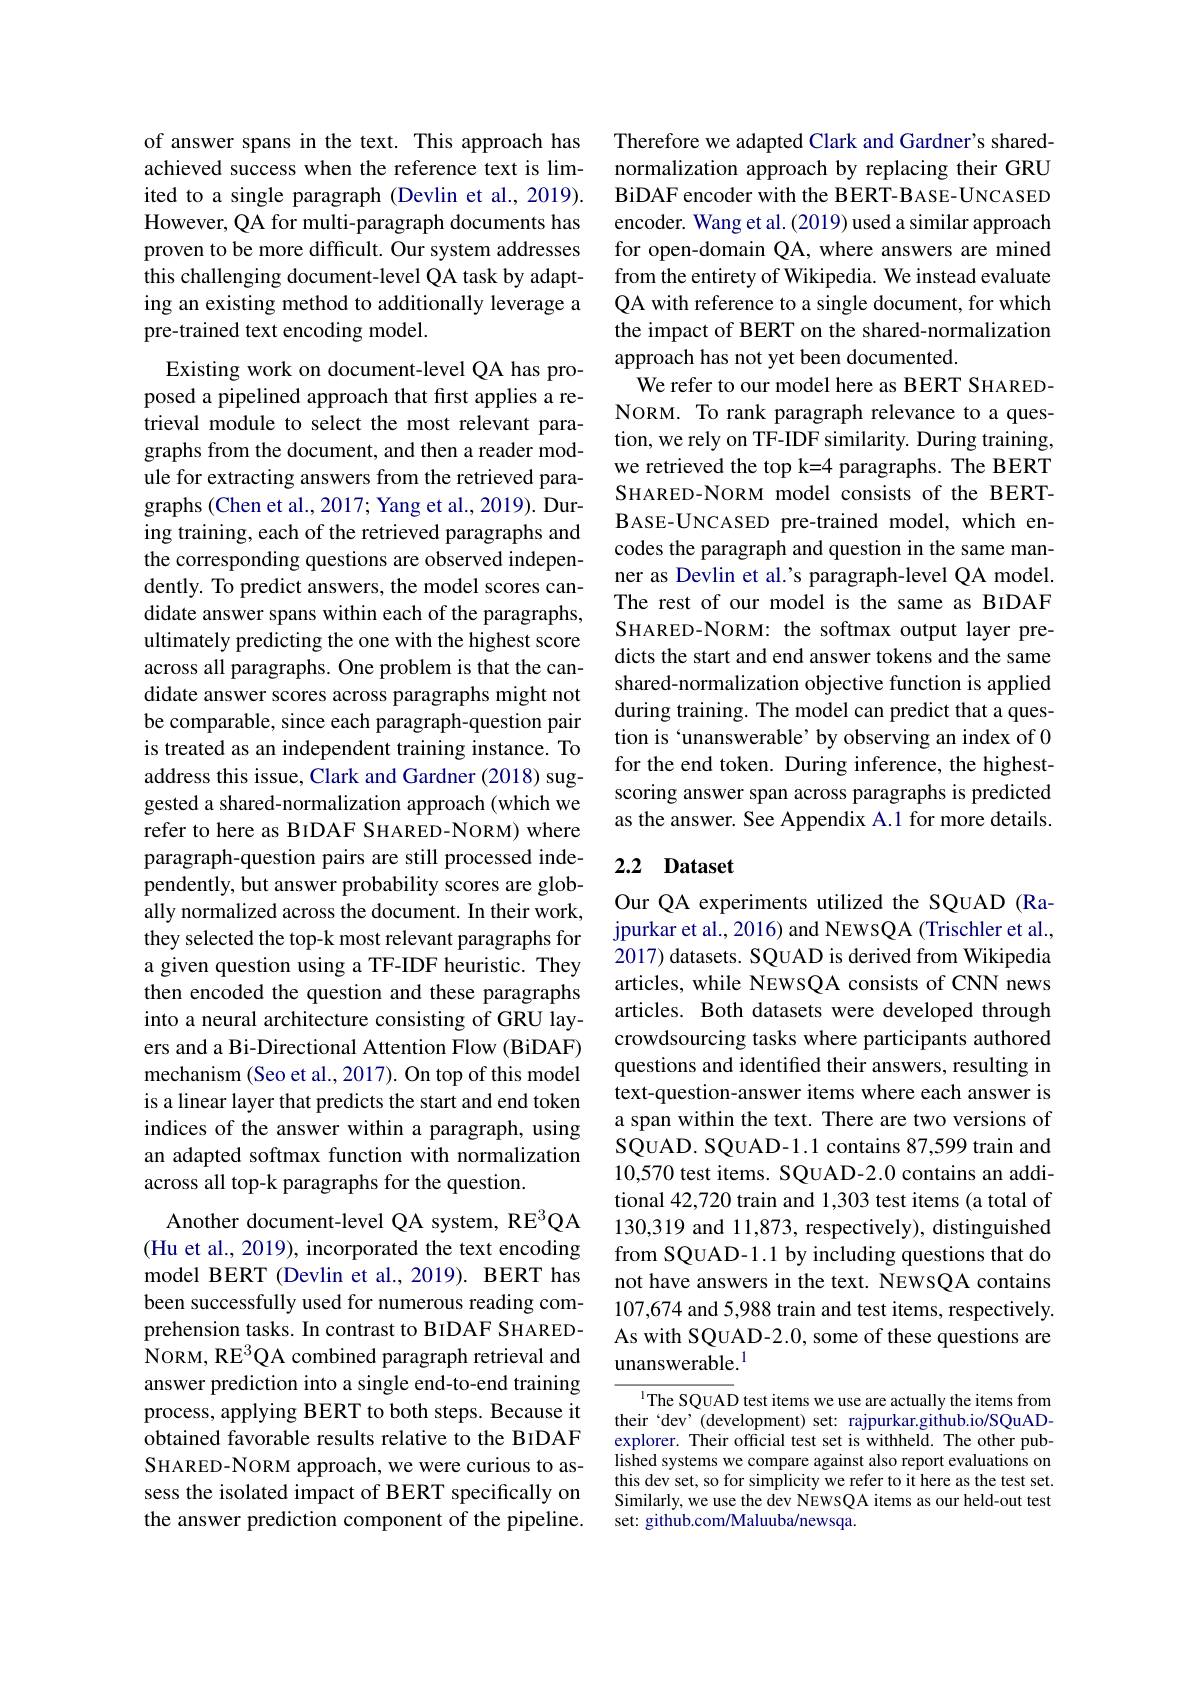
of answer spans in the text. This approach has achieved success when the reference text is limited to a single paragraph (Devlin et al.,2019). However, QA for multi-paragraph documents has proven to be more difficult. Our system addresses this challenging document-level QA task by adapting an existing method to additionally leverage a pre-trained text encoding model.

Existing work on document-level QA has proposed a pipelined approach that first applies a retrieval module to select the most relevant paragraphs from the document, and then a reader module for extracting answers from the retrieved paragraphs (Chen et al., 2017; Yang et al., 2019). During training, each of the retrieved paragraphs and the corresponding questions are observed independently. To predict answers, the model scores candidate answer spans within each of the paragraphs, ultimately predicting the one with the highest score across all paragraphs. One problem is that the candidate answer scores across paragraphs might not be comparable, since each paragraph-question pair is treated as an independent training instance. To address this issue, Clark and Gardner (2018) suggested a shared-normalization approach (which we refer to here as BIDAF SHARED-NORM) where paragraph-question pairs are still processed independently, but answer probability scores are globally normalized across the document. In their work, they selected the top-k most relevant paragraphs for a given question using a TF-IDF heuristic. They then encoded the question and these paragraphs into a neural architecture consisting of GRU layers and a Bi-Directional Attention Flow (BiDAF) mechanism (Seo et al., 2017). On top of this model is a linear layer that predicts the start and end token indices of the answer within a paragraph, using an adapted softmax function with normalization across all top-k paragraphs for the question.
Another document-level QA system, RE$^{3}$QA (Hu et al., 2019), incorporated the text encoding model BERT (Devlin et al.,2019). BERT has been successfully used for numerous reading comprehension tasks. In contrast to BIDAF SHAREDNORM, RE$^3$QA combined paragraph retrieval and answer prediction into a single end-to-end training process, applying BERT to both steps. Because it obtained favorable results relative to the BIDAF SHARED-NORM approach, we were curious to assess the isolated impact of BERT specifically on the answer prediction component of the pipeline.

Therefore we adapted Clark and Gardner's sharednormalization approach by replacing their GRU BiDAF encoder with the BERT-BASE-UNCASED encoder. Wang et al. (2019) used a similar approach for open-domain QA, where answers are mined from the entirety of Wikipedia. We instead evaluate QA with reference to a single document, for which the impact of BERT on the shared-normalization approach has not yet been documented.
We refer to our model here as BERT SHAREDNORM. To rank paragraph relevance to a question, we rely on TF-IDF similarity. During training, we retrieved the top k=4 paragraphs. The BERT SHARED-NORM model consists of the BERTBASE-UNCASED pre-trained model, which encodes the paragraph and question in the same manner as Devlin et al.'s paragraph-level QA model. The rest of our model is the same as BIDAF SHARED-NORM: the softmax output layer predicts the start and end answer tokens and the same shared-normalization objective function is applied during training. The model can predict that a question is `unanswerable' by observing an index of 0 for the end token. During inference, the highestscoring answer span across paragraphs is predicted as the answer. See Appendix A.1 for more details.

## 2.2 Dataset

Our QA experiments utilized the SQUAD (Rajpurkar et al., 2016) and NEWSQA (Trischler et al., 2017) datasets. SQUAD is derived from Wikipedia articles, while NEWSQA consists of CNN news articles. Both datasets were developed through crowdsourcing tasks where participants authored questions and identified their answers, resulting in text-question-answer items where each answer is a span within the text. There are two versions of SQuAD. SQUAD-1.1 contains 87,599 train and 10,570 test items. SQUAD-2.0 contains an additional 42,720 train and 1,303 test items (a total of 130,319 and 11,873, respectively), distinguished from SQUAD-1.1 by including questions that do not have answers in the text. NEWSQA contains 107,674 and 5,988 train and test items, respectively. As with SQUAD-2.0, some of these questions are unanswerable.$^{1}$

IThe SQUAD test items we use are actually the items from their 'dev'(development) set: rajpurkar.github.io/SQuADexplorer. Their official test set is withheld. The other published systems we compare against also report evaluations on this dev set, so for simplicity we refer to it here as the test set. Similarly, we use the dev NEWSQA items as our held-out test set: github.com/Maluuba/newsqa.